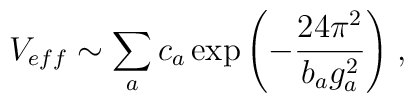
V_{eff}\sim \sum_{a} c_{a}\exp{\left(-\frac{24\pi^{2}}{b_{a}g_{a}^{2}}\right)}\;,